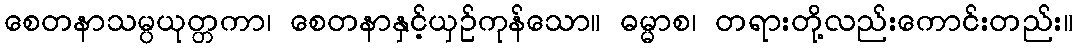
စေတနာသမ္ပယုတ္တကာ၊ စေတနာနှင့်ယှဉ်ကုန်သော။ ဓမ္မာစ၊ တရားတို့လည်းကောင်းတည်း။